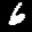
Label: 6